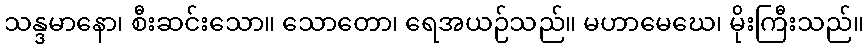
သန္ဒမာနော၊ စီးဆင်းသော။ သောတော၊ ရေအယဉ်သည်။ မဟာမေဃေ၊ မိုးကြီးသည်။